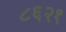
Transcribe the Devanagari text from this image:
८६२१